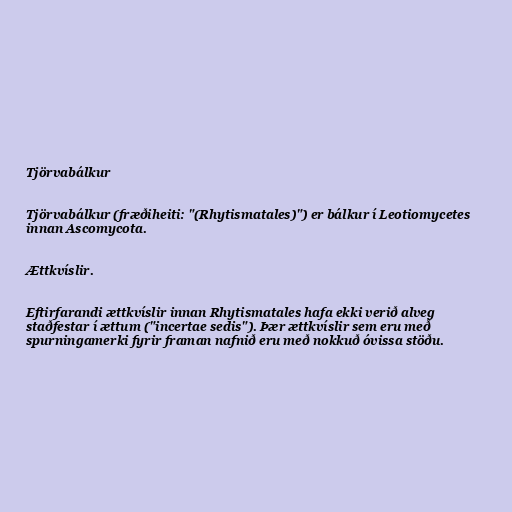
Tjörvabálkur

Tjörvabálkur (fræðiheiti: "(Rhytismatales)") er bálkur í Leotiomycetes
innan Ascomycota.

Ættkvíslir.

Eftirfarandi ættkvíslir innan Rhytismatales hafa ekki verið alveg
staðfestar í ættum ("incertae sedis"). Þær ættkvíslir sem eru með
spurningamerki fyrir framan nafnið eru með nokkuð óvissa stöðu.